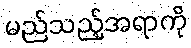
မည်သည့်အရာကို